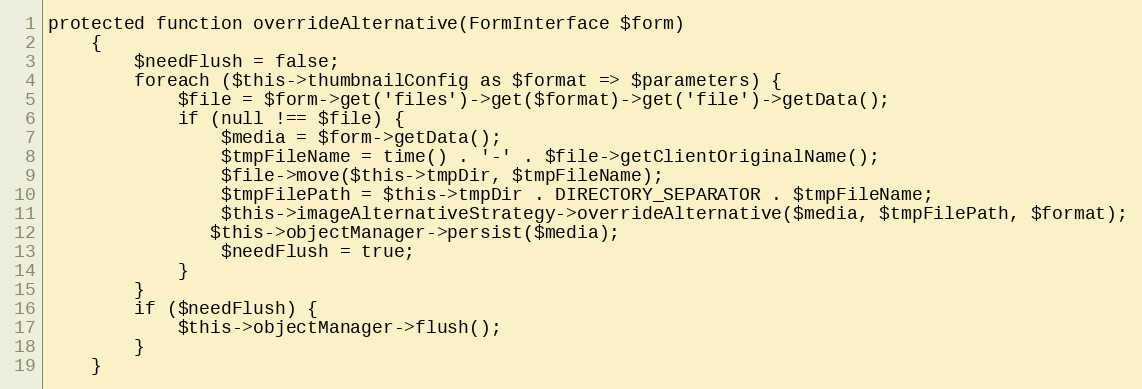
Language: PHP
protected function overrideAlternative(FormInterface $form)
    {
        $needFlush = false;
        foreach ($this->thumbnailConfig as $format => $parameters) {
            $file = $form->get('files')->get($format)->get('file')->getData();
            if (null !== $file) {
                $media = $form->getData();
                $tmpFileName = time() . '-' . $file->getClientOriginalName();
                $file->move($this->tmpDir, $tmpFileName);
                $tmpFilePath = $this->tmpDir . DIRECTORY_SEPARATOR . $tmpFileName;
                $this->imageAlternativeStrategy->overrideAlternative($media, $tmpFilePath, $format);
               $this->objectManager->persist($media);
                $needFlush = true;
            }
        }
        if ($needFlush) {
            $this->objectManager->flush();
        }
    }